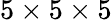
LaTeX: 5\times 5\times 5